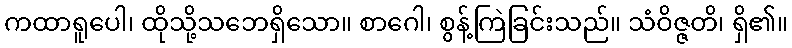
ကထာရူပေါ၊ ထိုသို့သဘေရှိသော။ စာဂေါ၊ စွန့်ကြဲခြင်းသည်။ သံဝိဇ္ဇတိ၊ ရှိ၏။